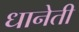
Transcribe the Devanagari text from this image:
धानेती